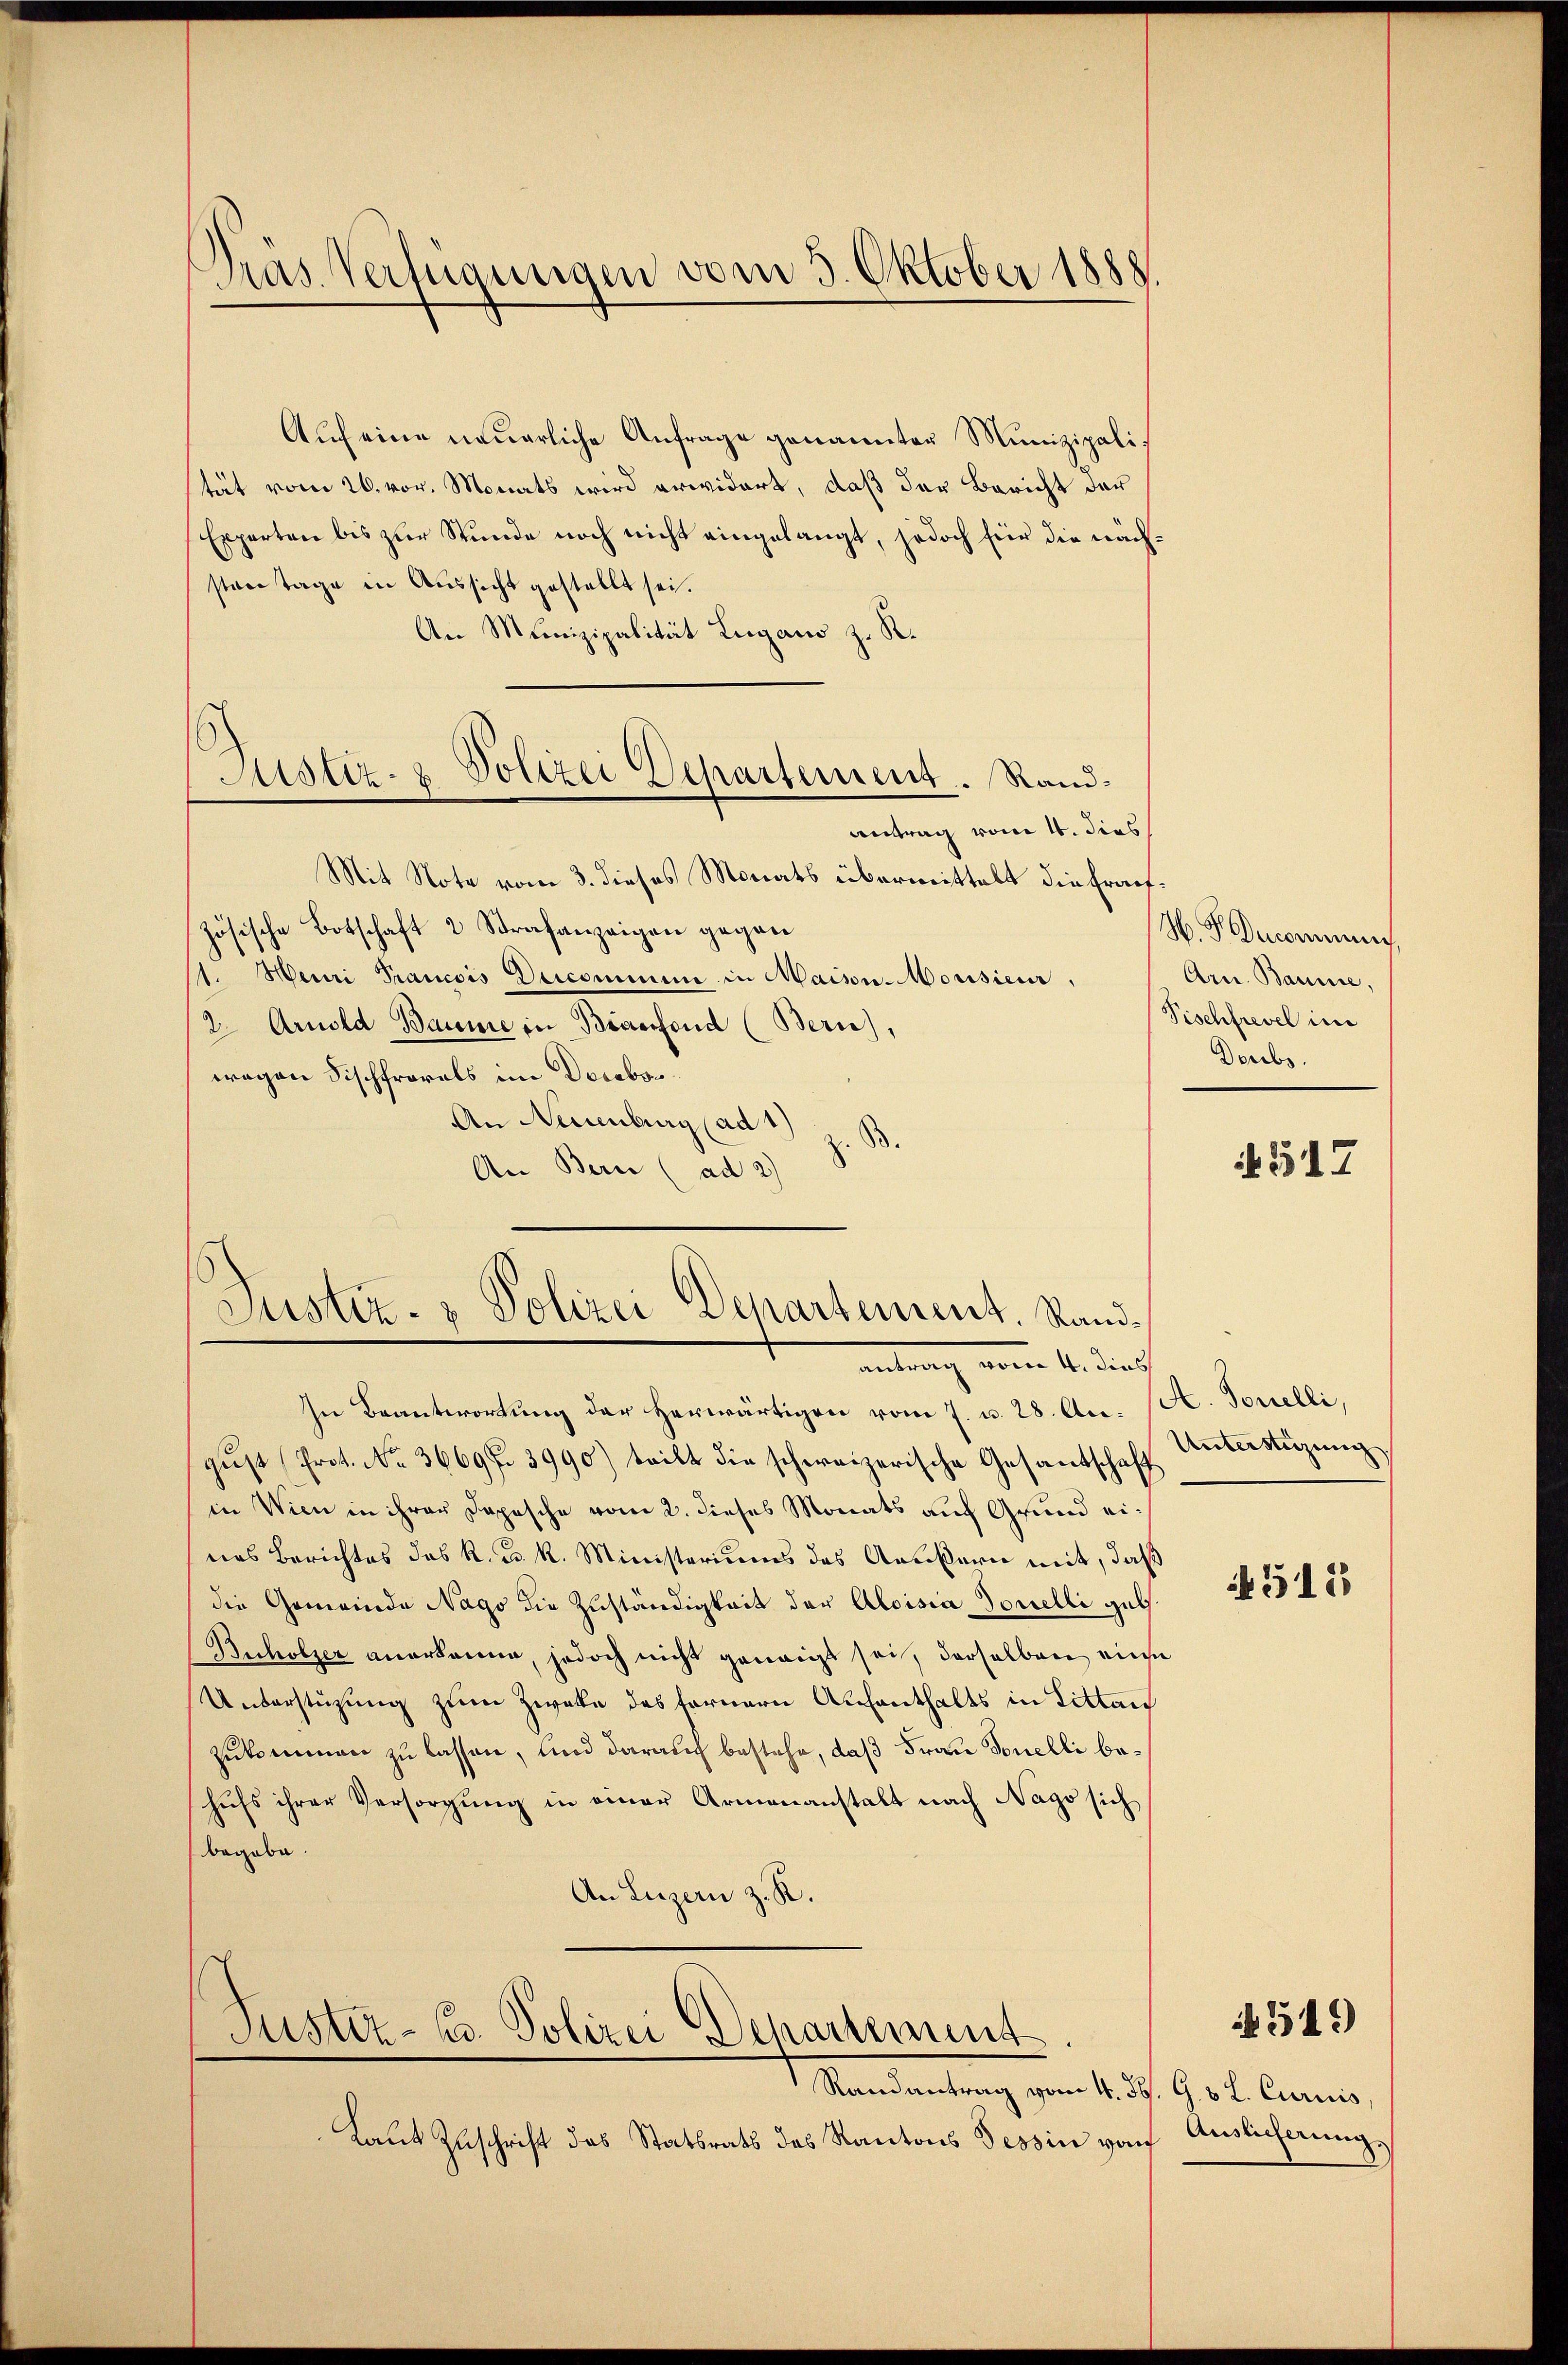
Dras Verfügungen vom 3. Oktober 1888

Auf eine neuerliche Anfrage genannter Munizipalistät vom 26. vor. Monats wird erwidert, daß der Bericht der
Experten bis zur Stunde noch nicht eingelangt, jedoch für die nächsten Tage in Aussicht gestellt sei.
An Munizipalität Lugano z. R.
Mit Note vom 3. dieses Monats übermittelt die Frauzösische Botschaft 2 Strafanzeigen gegen
11. Mai Trancois Decominen in Maisu-Mousieur,
2 Arnold Baume in Briefend (Bern),
wegen Fischfrorels im Decabon
An Neuenburg ad 1) z. B.
An Bern (ad 2)

Justiz- & Polizei Departement. Ran¬
Antrag vom 4. dies

Justiz- & Polizei Departement. Standantrag vom 1. durch

Justiz- u. Polizei Departement

In Beantwortung der Herwärtigen vom 7. d. 28. An. (S. Tonelli,
gust (Prot. No. 36697. 3990) tritt die schweizerische Gesantschaft Unterstüzung
in Wien in ihrer Depesche vom 2. dieses Monats auf Grund eines Berichtes das k. k. k. Ministeriums des Aeußern mit, daß
die Gemeinde Nago die Zuständigkeit der Aloisia Tonelli geb.
Bncholzer anerkanne, jedoch nicht genaigt sei, derselben eine
Unterstüzung zum Zweke des fernern Aufenthalts in Littan
zukommen zu lassen, und darauf bestehe, daß Frau Sonelli behufs ihrer Versorgŭng in einer Armenanstalt nach Nago sich
begabe.
An Luzern z. R.

Randantrag vom 4. Jb. G. B. L. Curiis,
Laut Zuschrift des Stattrats des Kantons Tessin von

W. P. Decommun
Arn. Banne,
Vischfrevel im
Doubs.

517

512

Auslieferung

519